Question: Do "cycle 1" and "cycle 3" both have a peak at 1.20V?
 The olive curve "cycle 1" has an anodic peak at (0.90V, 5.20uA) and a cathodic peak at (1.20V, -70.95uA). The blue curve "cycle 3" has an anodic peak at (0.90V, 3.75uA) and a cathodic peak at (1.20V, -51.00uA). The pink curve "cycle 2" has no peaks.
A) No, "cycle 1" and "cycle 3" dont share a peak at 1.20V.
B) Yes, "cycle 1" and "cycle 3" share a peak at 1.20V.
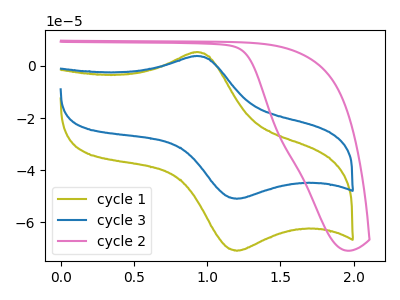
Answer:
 <answer>B) Yes, "cycle 1" and "cycle 3" share a peak at 1.20V.</answer>
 <eval>B</eval>